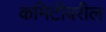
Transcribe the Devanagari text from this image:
कमिटीवरील